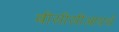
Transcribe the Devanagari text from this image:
बीसीसीआयचे